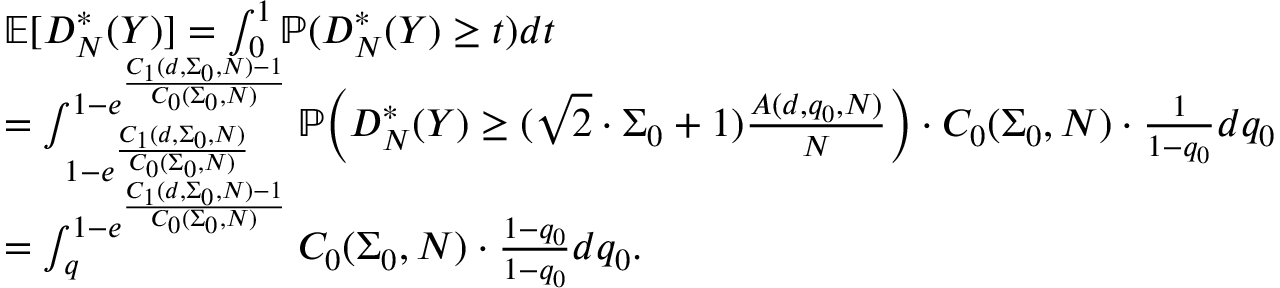
\begin{array} { r l } & { \mathbb { E } [ D _ { N } ^ { * } ( Y ) ] = \int _ { 0 } ^ { 1 } \mathbb { P } ( D _ { N } ^ { * } ( Y ) \ge t ) d t } \\ & { = \int _ { 1 - e ^ { \frac { C _ { 1 } ( d , \Sigma _ { 0 } , N ) } { C _ { 0 } ( \Sigma _ { 0 } , N ) } } } ^ { 1 - e ^ { \frac { C _ { 1 } ( d , \Sigma _ { 0 } , N ) - 1 } { C _ { 0 } ( \Sigma _ { 0 } , N ) } } } \mathbb { P } \Big ( D _ { N } ^ { * } ( Y ) \ge ( \sqrt { 2 } \cdot \Sigma _ { 0 } + 1 ) \frac { A ( d , q _ { 0 } , N ) } { N } \Big ) \cdot C _ { 0 } ( \Sigma _ { 0 } , N ) \cdot \frac { 1 } { 1 - q _ { 0 } } d q _ { 0 } } \\ & { = \int _ { q } ^ { 1 - e ^ { \frac { C _ { 1 } ( d , \Sigma _ { 0 } , N ) - 1 } { C _ { 0 } ( \Sigma _ { 0 } , N ) } } } C _ { 0 } ( \Sigma _ { 0 } , N ) \cdot \frac { 1 - q _ { 0 } } { 1 - q _ { 0 } } d q _ { 0 } . } \end{array}